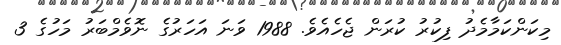
މިކަންކަމާމެދު ފިކުރު ކުރަން ޖެހެއެވެ. 1988 ވަނަ އަހަރުގެ ނޮވެމްބަރު މަހުގެ 3